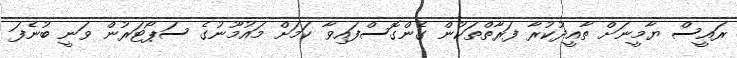
ރައީސް ޔާމީނަށް ތާއީދުކުރާ ފަރާތްތަކުން ގެންގޮސްފައިވާ ކަމަށް މައުމޫނުގެ ސަޕޯޓަރުން ވަނީ ބުނެފަ